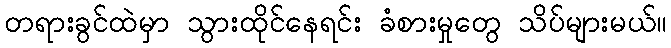
တရားခွင်ထဲမှာ သွားထိုင်နေရင်း ခံစားမှုတွေ သိပ်များမယ်။